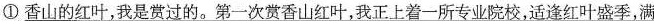
①\underline{香山的红叶，我是赏过的。第一次赏香山红叶，我正上着一所专业院校，适逢红叶盛季，满}